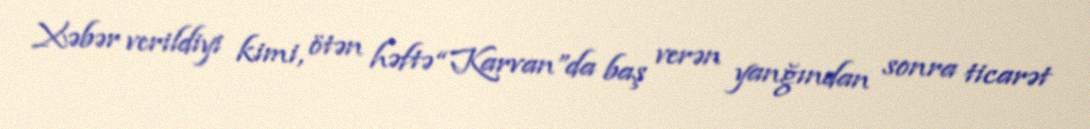
Xəbər verildiyi kimi, ötən həftə “Karvan”da baş verən yanğından sonra ticarət